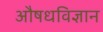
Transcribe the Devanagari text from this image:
औषधविज्ञान